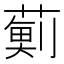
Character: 𮑊